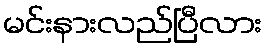
မင်းနားလည်ပြီလား